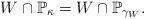
LaTeX: \begin{align*}W \cap \mathbb{P}_\kappa = W \cap \mathbb{P}_{\gamma_W}.\end{align*}